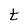
Character: t